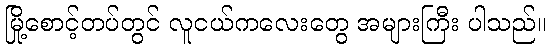
မြို့စောင့်တပ်တွင် လူငယ်ကလေးတွေ အများကြီး ပါသည်။